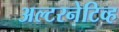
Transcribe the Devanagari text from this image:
अल्टरनेटिव्ह